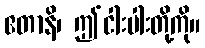
ဧတာနိ၊ ဤငါးပါးတို့ကို။